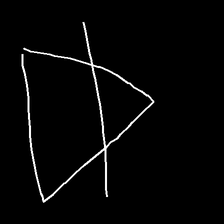
Glyph: empower